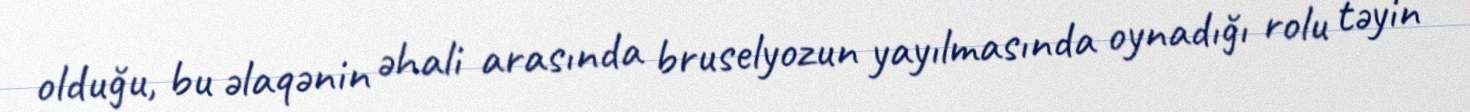
olduğu, bu əlaqənin əhali arasında bruselyozun yayılmasında oynadığı rolu təyin